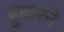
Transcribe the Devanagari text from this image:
हुकरने